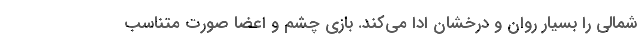
شمالي را بسيار روان و درخشان ادا مي‌کند. بازي چشم و اعضا صورت متناسب